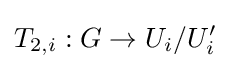
T_{2,i}:G\to U_{i}/U_{i}'